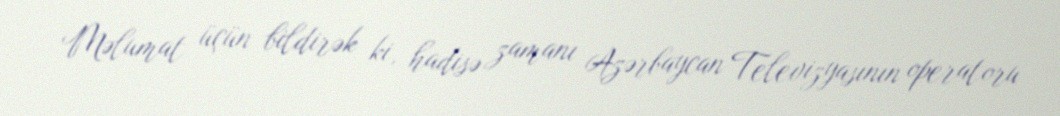
Məlumat üçün bildirək ki, hadisə zamanı Azərbaycan Televizyasının operatoru